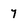
Character: 7